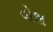
વોશ